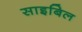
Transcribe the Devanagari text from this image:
साइबिल